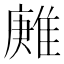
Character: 𨿶